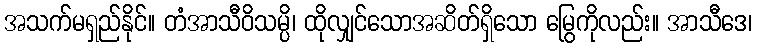
အသက်မရှည်နိုင်။ တံအာသီဝိသမ္ပိ၊ ထိုလျှင်သောအဆိတ်ရှိသော မြွေကိုလည်း။ အာသီဒေ၊